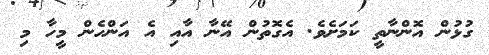
ގުޅުން އޮންނާތީ ކަމަށެވެ. އެގޮތުން އޭނާ އާއި އެ އަންހެން މީހާ މި